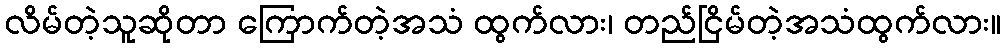
လိမ်တဲ့သူဆိုတာ ကြောက်တဲ့အသံ ထွက်လား၊ တည်ငြိမ်တဲ့အသံထွက်လား။